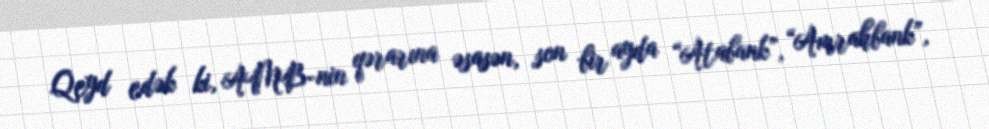
Qeyd edək ki, AMB-nin qərarına əsasən, son bir ayda “Atabank”, “Amrahbank”,